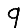
Digit: 9